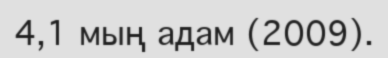
4,1 мың адам (2009).